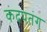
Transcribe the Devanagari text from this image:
कंदपतंग